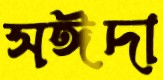
সঈদা